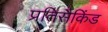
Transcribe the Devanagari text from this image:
प्रतिसैकिंड